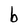
Character: b